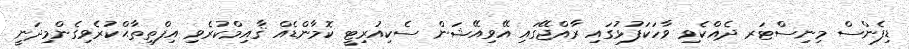
ޑިފެންސް މިނިސްޓަރ ދެއްކެވި ވާހަކަފުޅުގައި ރާއްޖޭގައި އޭވިއޭޝަން ސެކިއުރިޓީ ކޮމާންޑެއް ޤާއިމްކުރެވި އިފްތިތާޙްކުރެވިގެންމިދަނީ